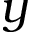
y